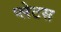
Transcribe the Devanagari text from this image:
प्लेटस